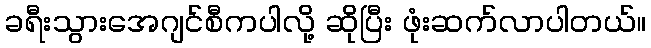
ခရီးသွားအေဂျင်စီကပါလို့ ဆိုပြီး ဖုံးဆက်လာပါတယ်။